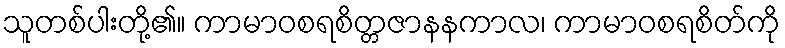
သူတစ်ပါးတို့၏။ ကာမာဝစရစိတ္တဇာနနကာလ၊ ကာမာဝစရစိတ်ကို